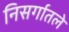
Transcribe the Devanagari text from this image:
निसर्गातले